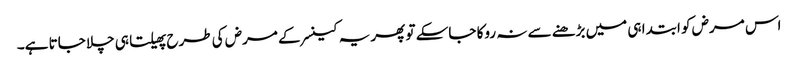
اس مرض کو ابتدا ہی میں بڑھنے سے نہ روکا جاسکے تو پھر یہ کینسر کے مرض کی طرح پھیلتا ہی چلا جاتا ہے۔